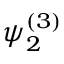
\psi _ { 2 } ^ { ( 3 ) }